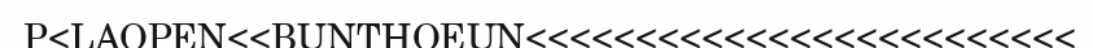
P<LAOPEN<<BUNTHOEUN<<<<<<<<<<<<<<<<<<<<<<<<<